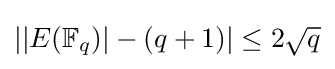
||E(\mathbb {F} _{q})|-(q+1)|\leq 2{\sqrt {q}}